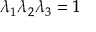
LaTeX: \lambda _ { 1 } \lambda _ { 2 } \lambda _ { 3 } = 1